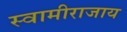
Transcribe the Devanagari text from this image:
स्वामीराजाय